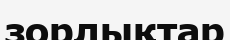
зорлықтар